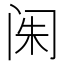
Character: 𲈼